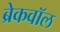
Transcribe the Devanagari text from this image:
ब्रेकवॉल